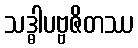
သဒ္ဓါပဗ္ဗဇိတဿ